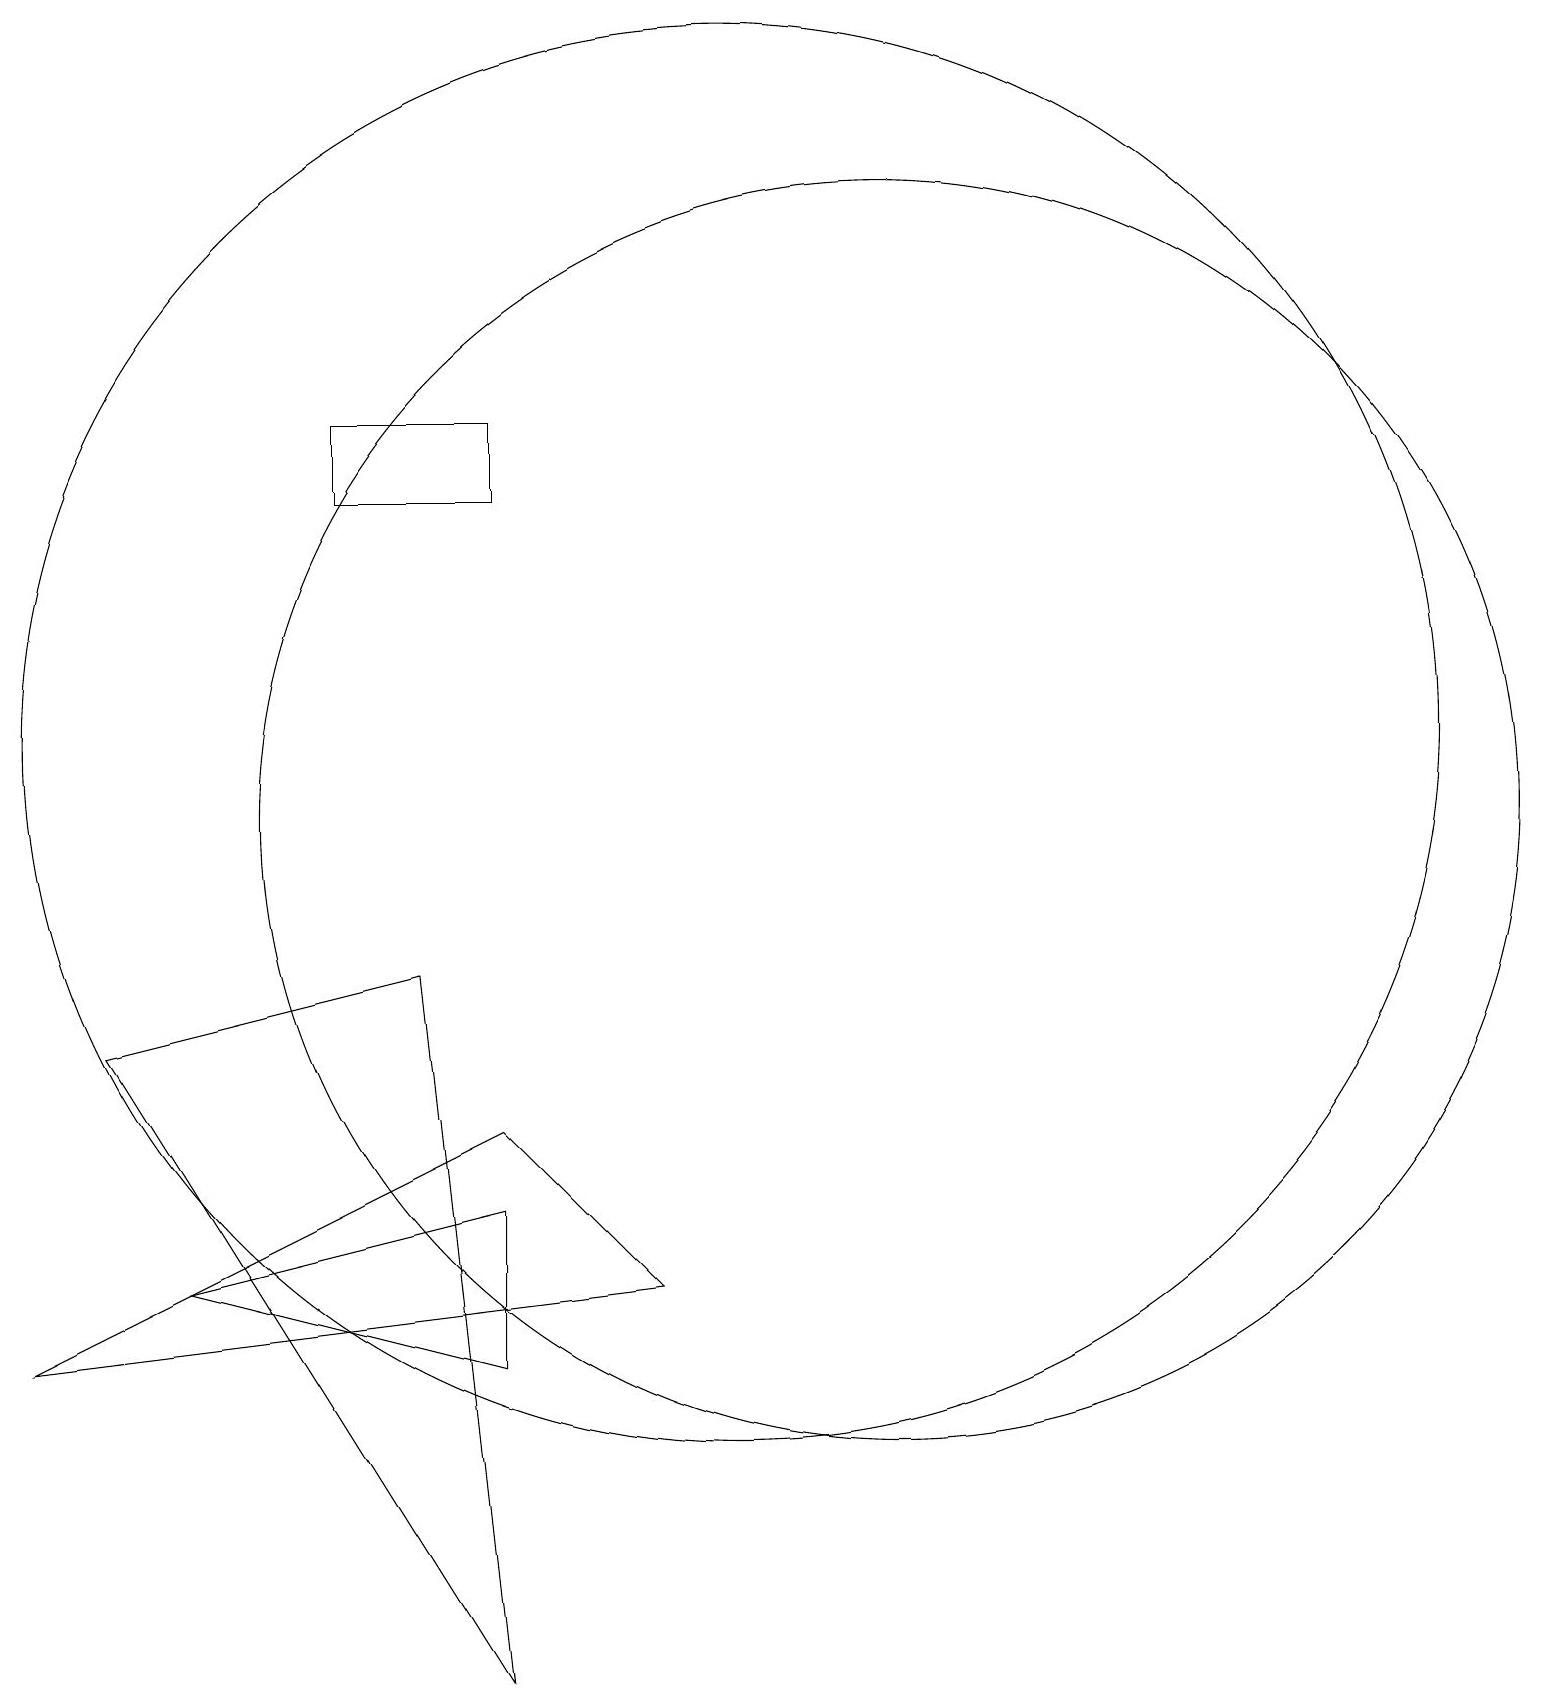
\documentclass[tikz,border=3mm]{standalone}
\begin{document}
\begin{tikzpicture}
\draw (7,6) -- (3,5) -- (7,4) -- cycle;
\draw (7,7) -- (1,4) -- (9,5) -- cycle;
\draw (6,9) -- (7,0) -- (2,8) -- cycle;
\draw (10,12) circle (9);
\draw (5,16) rectangle (7,15);
\draw (12,11) circle (8);
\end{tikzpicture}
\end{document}